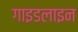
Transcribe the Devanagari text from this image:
गाइडलाइन